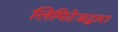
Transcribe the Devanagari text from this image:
लिमिटेडद्वारा